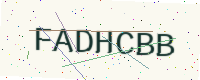
Text: FADHCBB